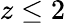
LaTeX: z\le 2